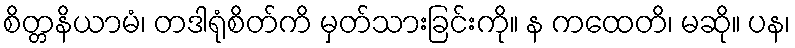
စိတ္တနိယာမံ၊ တဒါရုံစိတ်ကိ မှတ်သားခြင်းကို။ န ကထေတိ၊ မဆို။ ပန၊